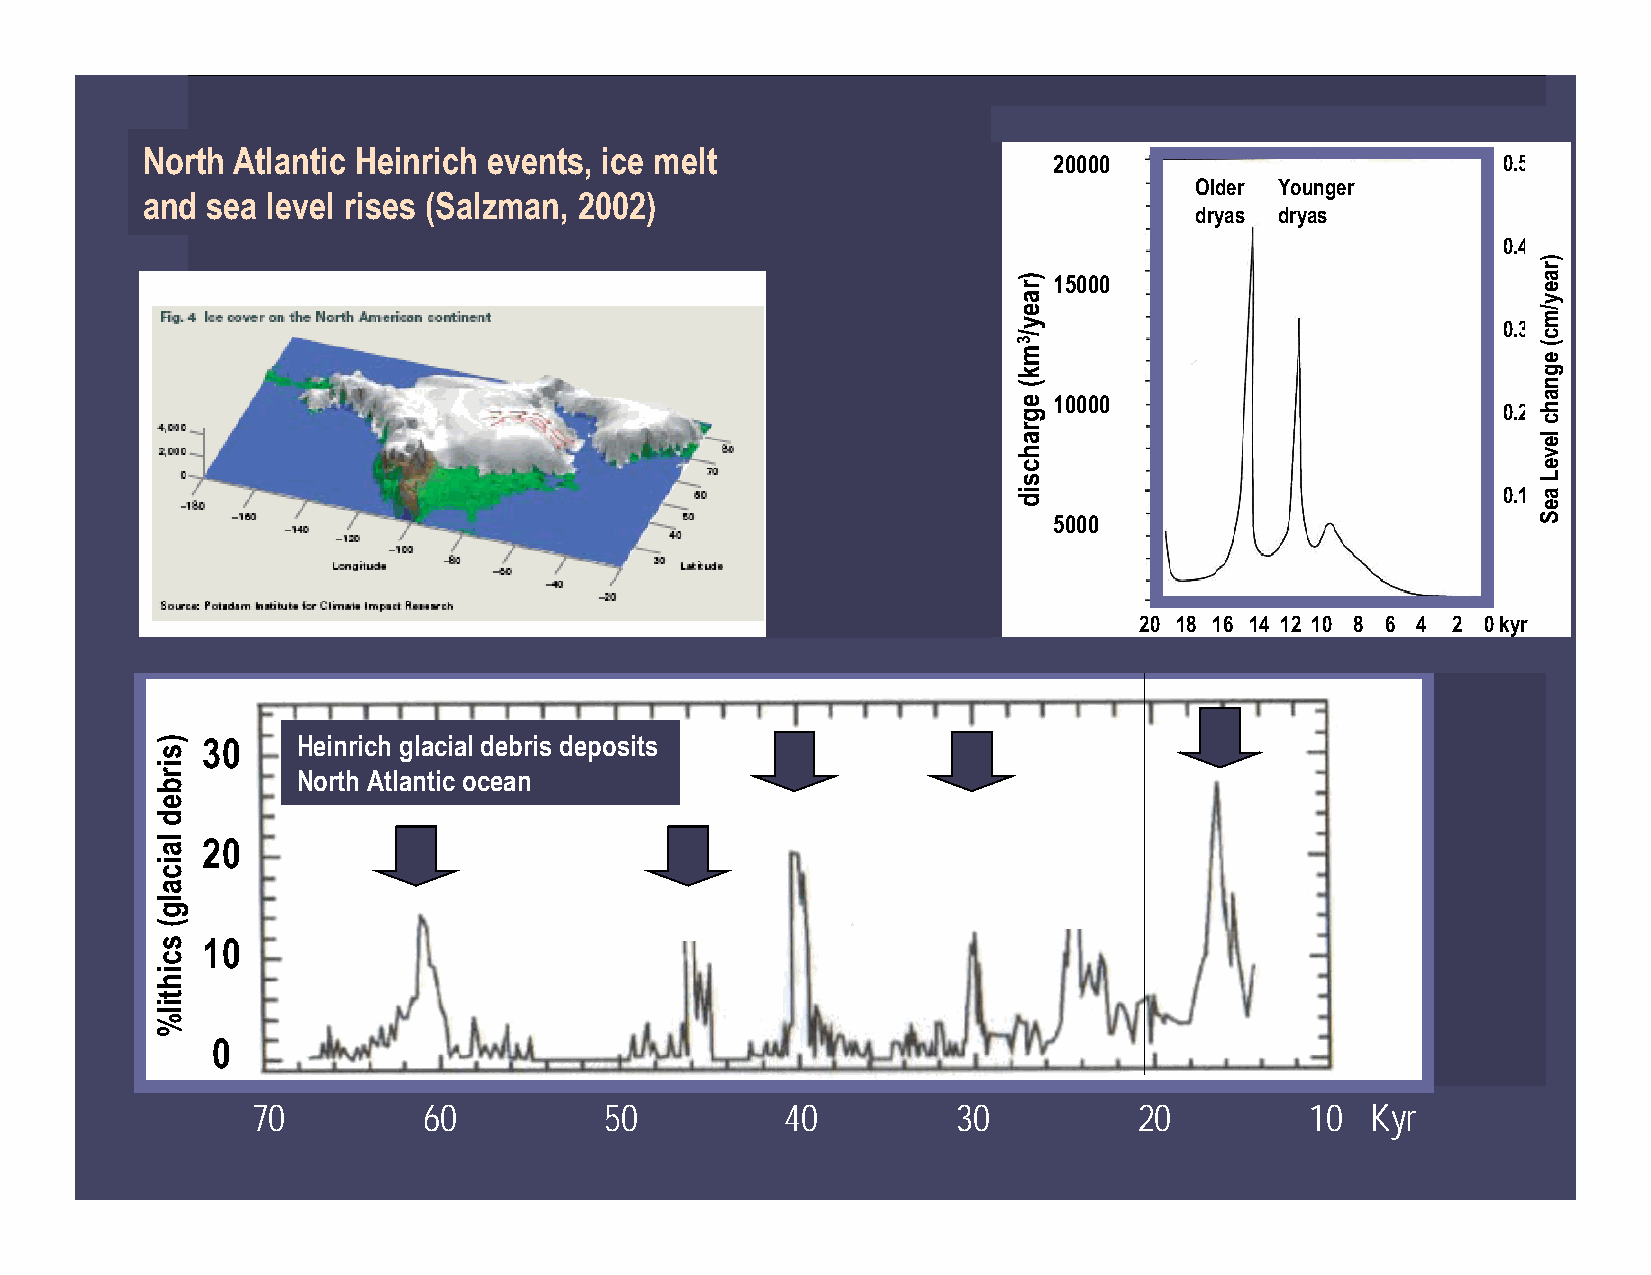
North Atlantic Heinrich events, ice melt
 20000                        0.5
 Older Younger
 and  sea level rises (Salzman, 2002)
 dryas dryas
 0.4
 15000
 0.3
 10000
 0.2
 0.1
 5000
 20 18 16 14 12 10 8 6 4 2 0 kyr
 30     Heinrich glacial debris deposits
 North Atlantic ocean
 20
 10
 0
 70         60          50          40         30          20          10  Kyr
 )sirbed
 laicalg(
 scihtil%
 )raey/3mk(
 egrahcsid
 )raey/mc(
 egnahc
 leveL
 aeS